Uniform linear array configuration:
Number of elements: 24
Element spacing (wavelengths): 1
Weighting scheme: exponential
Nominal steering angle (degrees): -60
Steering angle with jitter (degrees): -60.386
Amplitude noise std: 0.05
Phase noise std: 0.05

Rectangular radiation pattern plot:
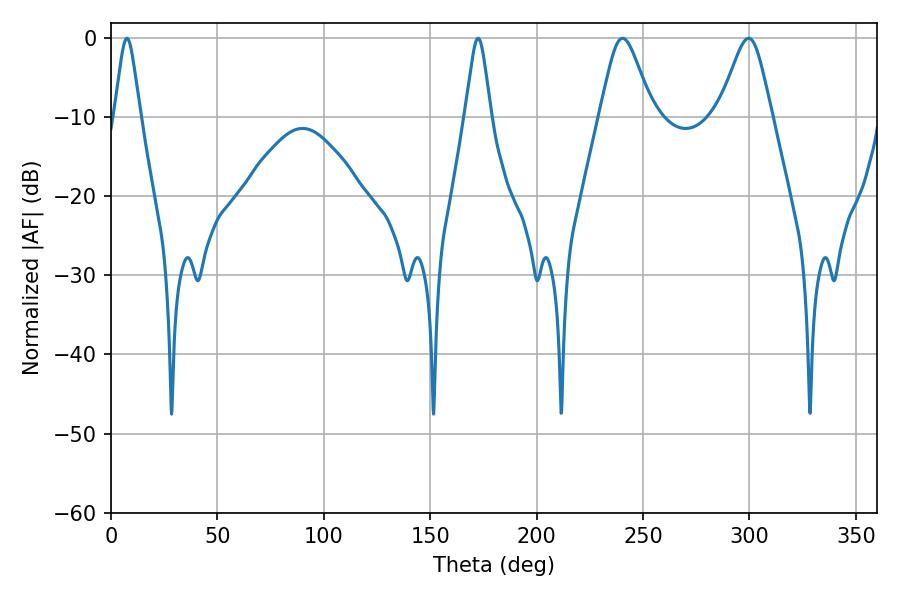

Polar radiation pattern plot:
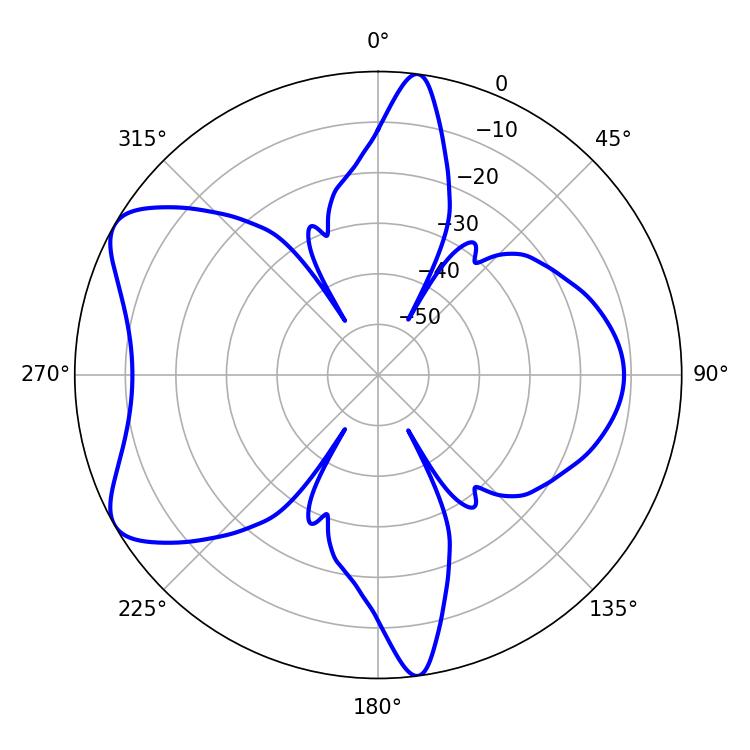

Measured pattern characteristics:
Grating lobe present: TRUE
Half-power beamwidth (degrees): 12.06
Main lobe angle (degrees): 240.3